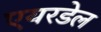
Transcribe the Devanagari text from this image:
एयरडेल